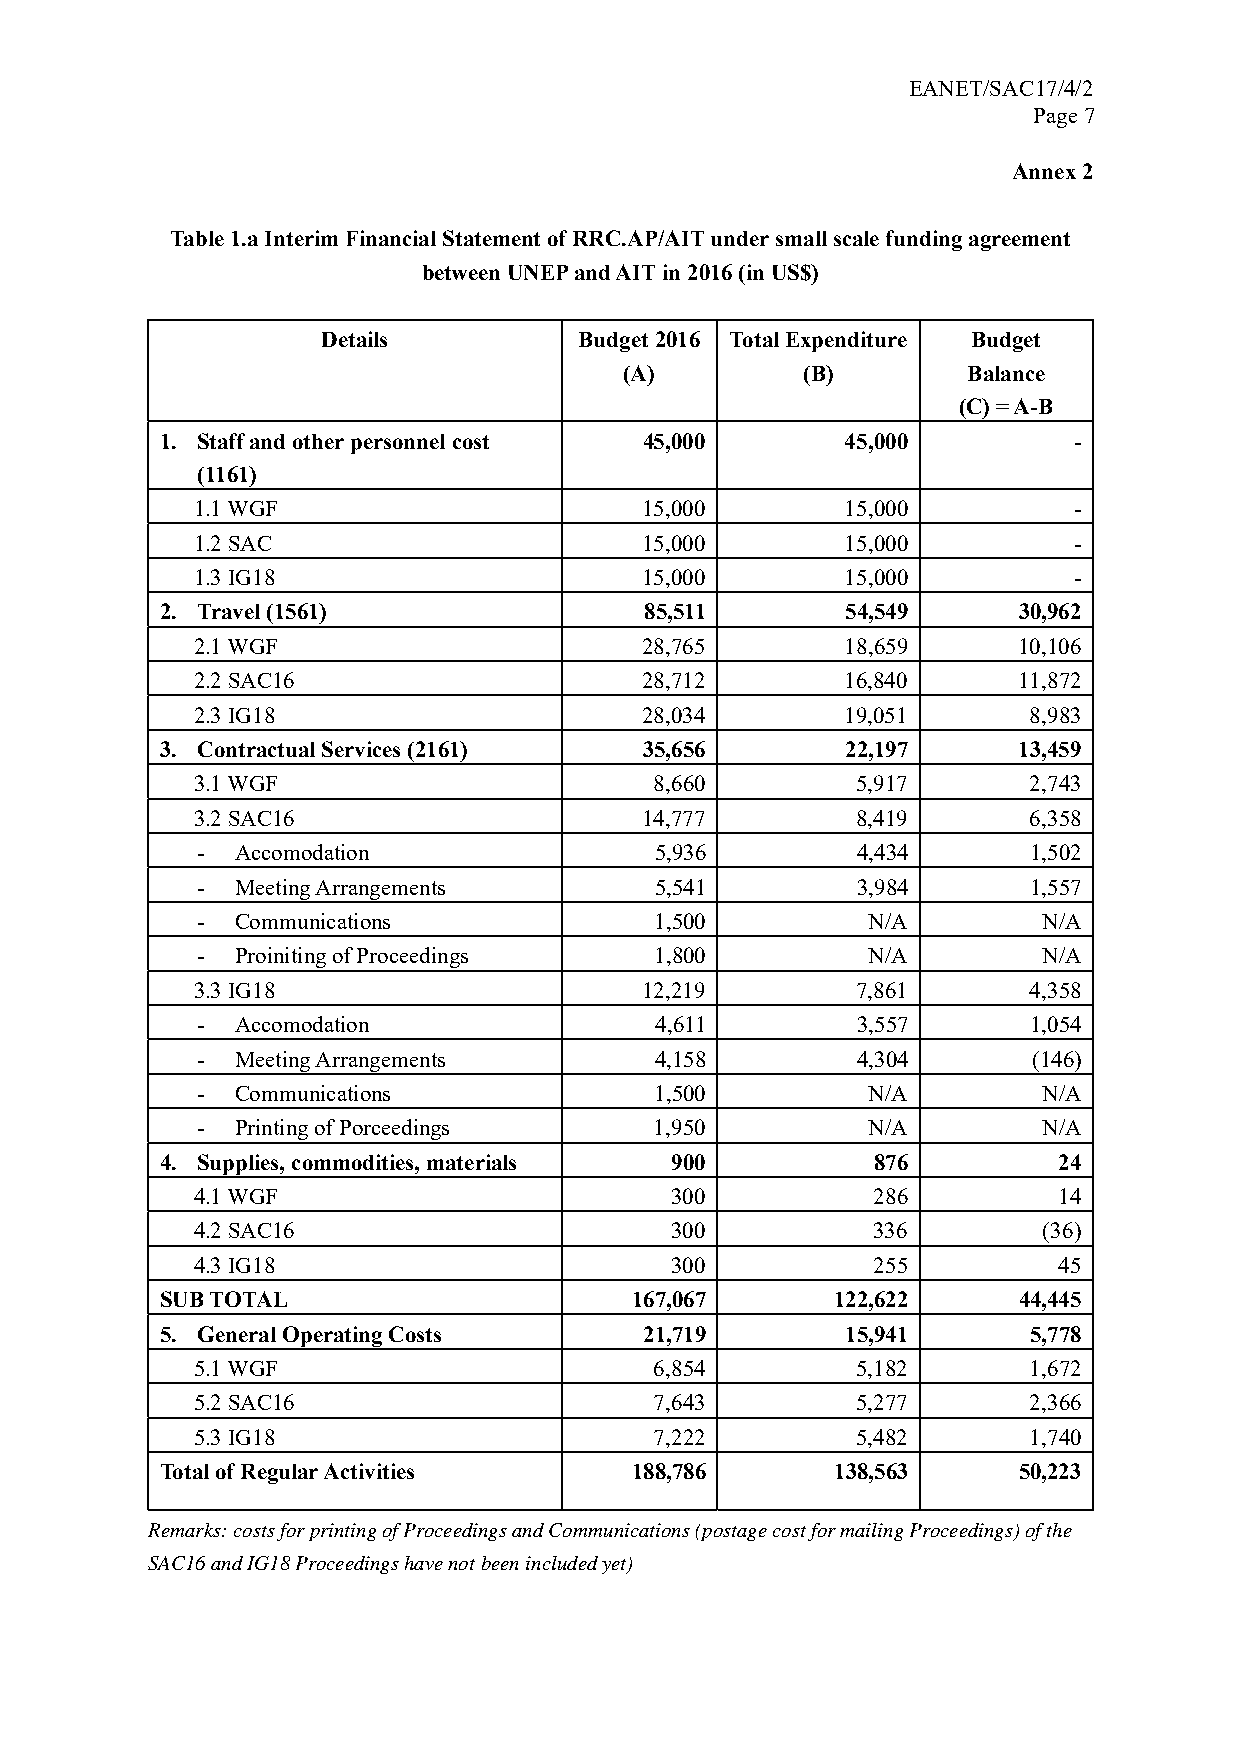
EANET/SAC17/4/2
 Page 7
 Annex 2
 Table 1.a Interim Financial Statement of RRC.AP/AIT under small scale funding agreement
 between UNEP and AIT in 2016 (in US$)
 Details          Budget 2016 Total Expenditure Budget
 (A)         (B)        Balance
 (C) = A-B
 1. Staff and other personnel cost 45,000     45,000         -
 (1161)
 1.1 WGF                       15,000       15,000         -
 1.2 SAC                       15,000       15,000         -
 1.3 IG18                      15,000       15,000         -
 2. Travel (1561)                85,511       54,549     30,962
 2.1 WGF                       28,765       18,659     10,106
 2.2 SAC16                     28,712       16,840     11,872
 2.3 IG18                      28,034       19,051      8,983
 3. Contractual Services (2161)  35,656       22,197     13,459
 3.1 WGF                       8,660         5,917      2,743
 3.2 SAC16                     14,777        8,419      6,358
 -  Accomodation               5,936         4,434      1,502
 -  Meeting Arrangements       5,541         3,984      1,557
 -  Communications             1,500         N/A         N/A
 -  Proiniting of Proceedings  1,800         N/A         N/A
 3.3 IG18                      12,219        7,861      4,358
 -  Accomodation               4,611         3,557      1,054
 -  Meeting Arrangements       4,158         4,304      (146)
 -  Communications             1,500         N/A         N/A
 -  Printing of Porceedings    1,950         N/A         N/A
 4. Supplies, commodities, materials 900        876         24
 4.1 WGF                        300           286         14
 4.2 SAC16                      300           336        (36)
 4.3 IG18                       300           255         45
 SUB TOTAL                      167,067      122,622     44,445
 5. General Operating Costs      21,719       15,941      5,778
 5.1 WGF                       6,854         5,182      1,672
 5.2 SAC16                     7,643         5,277      2,366
 5.3 IG18                      7,222         5,482      1,740
 Total of Regular Activities    188,786      138,563     50,223
 Remarks: costs for printing of Proceedings and Communications (postage cost for mailing Proceedings) of the
 SAC16 and IG18 Proceedings have not been included yet)